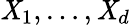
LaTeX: \mathit{X}_{1},\ldots,\mathit{X}_{d}